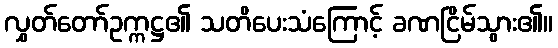
လွှတ်တော်ဥက္ကဋ္ဌ၏ သတိပေးသံကြောင့် ခဏငြိမ်သွား၏။